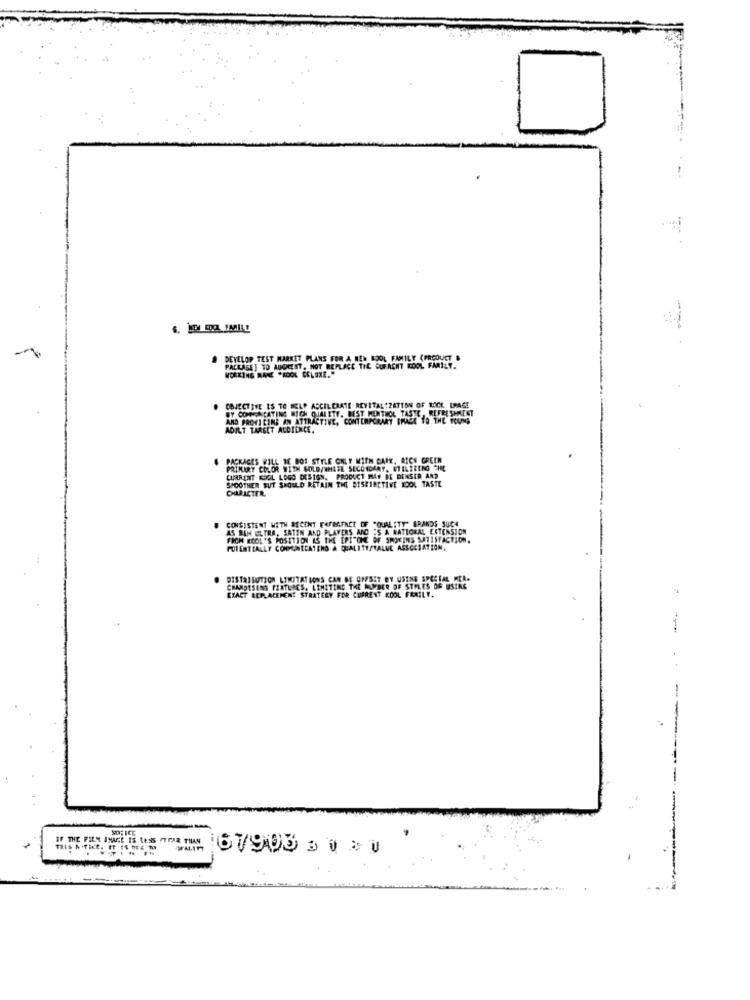
DEVELOP TEST MARKET PLANS FOR A WER
WORKING MANE "KOOK CELUXE."
ASK] TD AUGEZIT, NOT REPLACE THE CUFACHT IDOL FAMILY.
OBJECTIVE ES TO HELP ACCELERATE REVITAL IZATION OF ROCK ERAGE
BY COMOENCATING BICH QUALITY. REST MONTHOL TASTE
AND PROVI CINE IN ATTRACTI
ATTRACTIVE, CONTEMPORARY IMAGE 10 LAS PREST
ADIL? TARGET ALDIONCE.
PACKAGES WILL BE BOT STYLE ONLY WITH CARE, RICH GREEN
PRIMARY COLOR WITH GOLD/WHITE SECONDARY, UTILIZING THE
CURRENT KOOL LOGO DESIGN, PRODUCT MAY BE DINSER AND
SPOOTHER BUT SHOULD RETAIN THE SISKIBETIVE KOOL TASTE
CHARACTER
AS SIN ULTRA, SATIN AND PLAYERS AND 'S A NATIORAL EXTENSION
CONSISTENT WITH SECENT FAMMIENCE OF "QUALITY" BRANDS SUCH
FROM KOOL 'S POSITION AS THE EPITOME OF SMOKING SATISFACTION.
PULENTIALLY COMMUNICATENO A QUALITY/VALUE ASSOCIATION.
DISTRIBUTION LIMITATIONS CAN BE OFFSET BY USING SPECIAL MEA.
CHAMDTSENS FIXTURES. LIMITING THE NUMBER OF STYLES DA USING
EXACT REPLACEMENT STRATEGY FOR CURRENT KOOL
-
IF THE FILM IMAGE IS LESS ATPAR THIAN
67900 3130